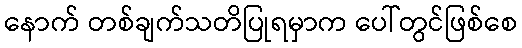
နောက် တစ်ချက်သတိပြုရမှာက ပေါ်တွင်ဖြစ်စေ